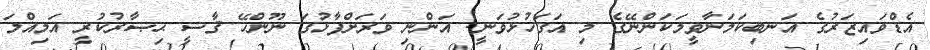
އެޑްވައިޒަރުގެ އަނބިކަމަނާވީމަކަންނޭގެ މި އަގަހުޅުވަނީ! އަންނި ވަރަށްފާޅުގަ ނޫންހޭ ޤާޟީ ޙިޞާރުކުރީ އަމިއްލަ